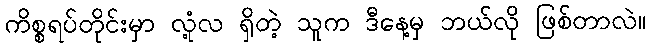
ကိစ္စရပ်တိုင်းမှာ လုံ့လ ရှိတဲ့ သူက ဒီနေ့မှ ဘယ်လို ဖြစ်တာလဲ။